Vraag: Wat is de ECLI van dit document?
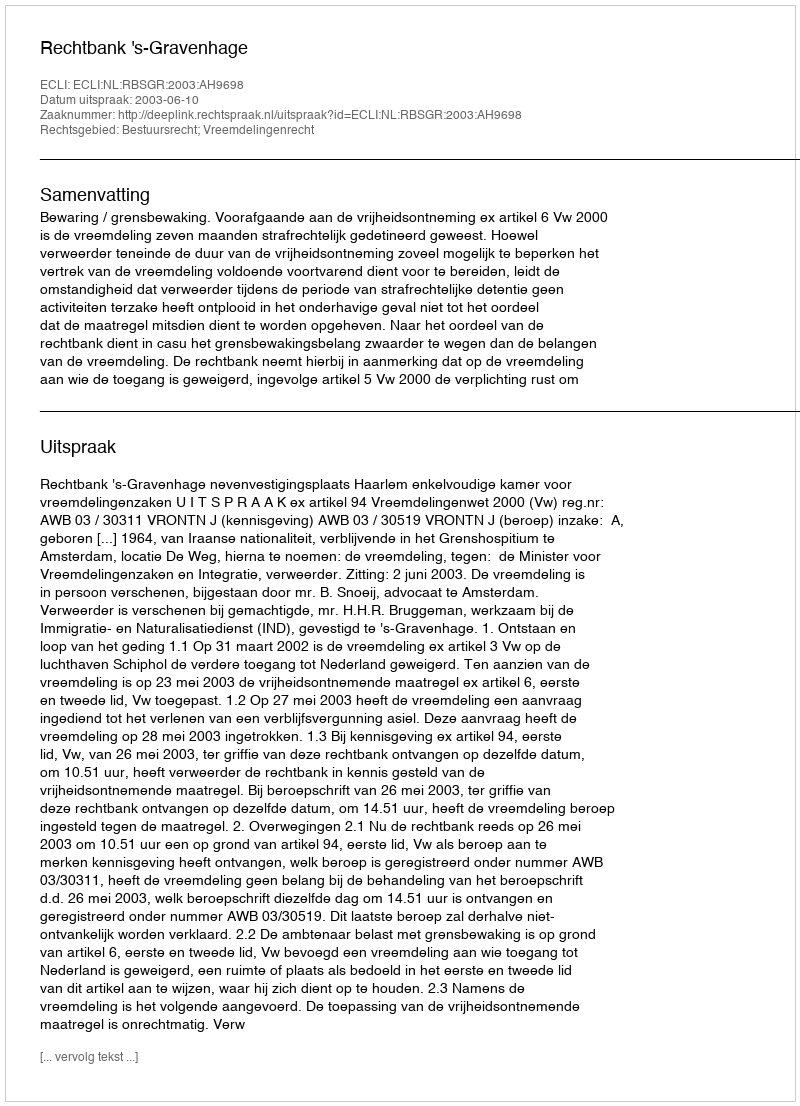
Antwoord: ECLI:NL:RBSGR:2003:AH9698